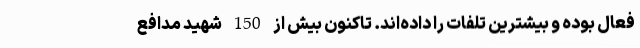
فعال بوده و بیشترین تلفات را داده‌اند. تاکنون بیش از 150 شهید مدافع